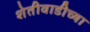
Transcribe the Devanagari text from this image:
शेतीवाडीच्या